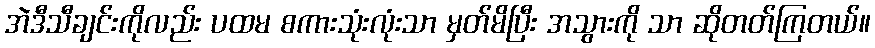
အဲဒီသီချင်းကိုလည်း ပထမ စကားသုံးလုံးသာ မှတ်မိပြီး အသွားကို သာ ဆိုတတ်ကြတယ်။